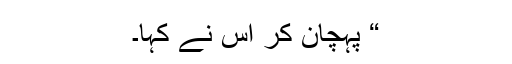
“ پہچان کر اس نے کہا۔